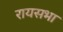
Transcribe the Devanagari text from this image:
रायसभा